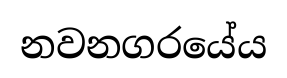
නවනගරයේය